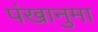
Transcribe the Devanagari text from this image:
पंखानुमा